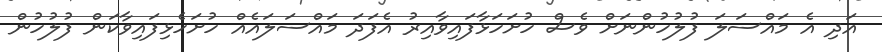
އަދި އެ މައްސަލަ ފުލުހުންނަށް ވެސް ހުށަހަޅާފައިވާއިރު އެފަދަ މައްސަލައެއް ހުށަހެޅިފައިވާކަން ފުލުހުން